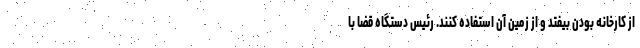
از کارخانه بودن بیفتد و از زمین آن استفاده کنند. رئیس دستگاه قضا با